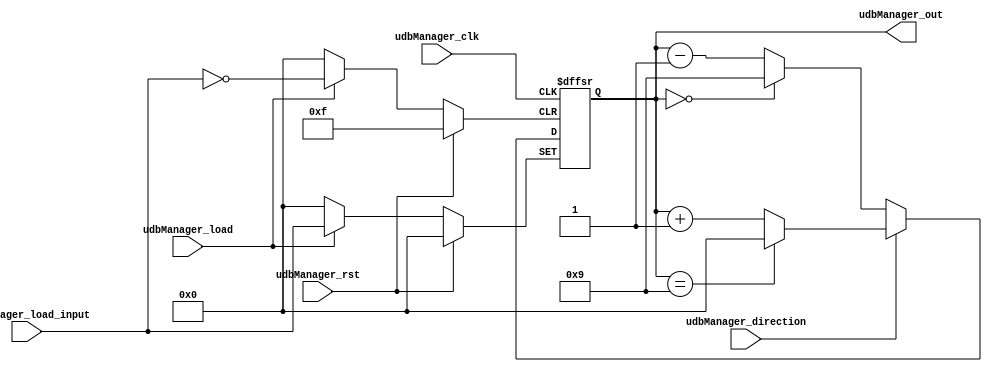
`timescale 1ns / 1ps
//////////////////////////////////////////////////////////////////////////////////
// Company: 
// Engineer: 
// 
// Design Name: 
// Module Name: udbManager
// Project Name: 
// Target Devices: 
// Tool Versions: 
// Description: 
// 
// Dependencies: 
// 
// Revision:
// Revision 0.01 - File Created
// Additional Comments:
// 
//////////////////////////////////////////////////////////////////////////////////


module udbManager(
    input udbManager_clk,
    input udbManager_rst,
    input udbManager_load,
    input [3:0] udbManager_load_input,
    input udbManager_direction,
    output reg [3:0] udbManager_out
    );
    
initial udbManager_out = 0;
always @(posedge udbManager_clk or posedge udbManager_rst or posedge udbManager_load)begin
    if(udbManager_rst)udbManager_out <= 0;
    else if(udbManager_load) udbManager_out <= udbManager_load_input; 
    else begin: COUNTER
        if(udbManager_direction) begin:UP_COUNTER
            if(udbManager_out == 9) udbManager_out <= 0;
            else udbManager_out <= udbManager_out+1;
        end
        else begin: DOWN_COUNTER
           if(udbManager_out == 0) udbManager_out <= 9;
           else udbManager_out <= udbManager_out-1;
        end
    end
end    
endmodule